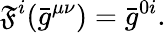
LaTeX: {}\mathfrak{F}^{i}({\bar{{g}}}^{\mu\nu})={\bar{{g}}}^{0i}.